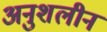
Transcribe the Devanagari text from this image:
अनुशलीन